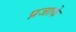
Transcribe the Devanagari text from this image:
प्रजाके